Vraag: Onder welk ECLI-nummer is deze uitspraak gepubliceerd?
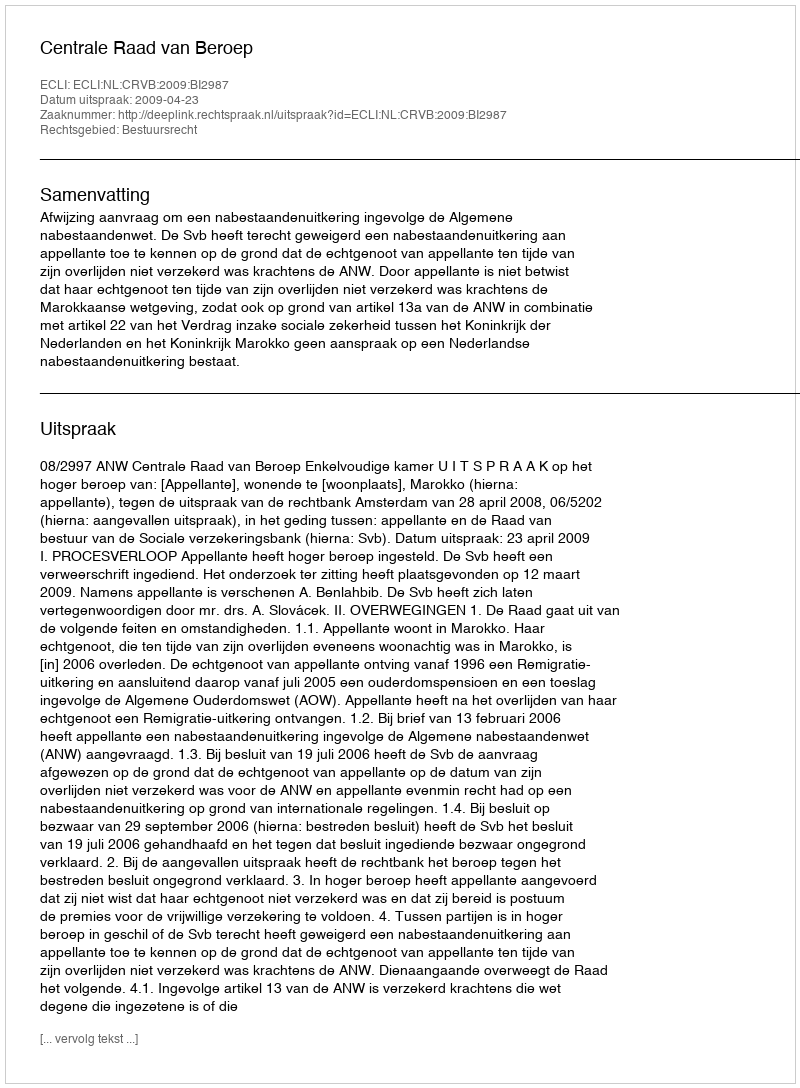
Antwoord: ECLI:NL:CRVB:2009:BI2987